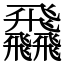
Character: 飝